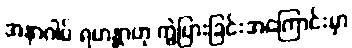
အနာဂါမ် ရဟန္တာဟု ကွဲပြားခြင်းအကြောင်းမှာ